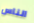
الناس